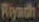
Rigywith